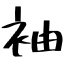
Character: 袖